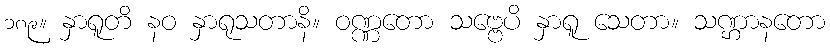
၁၈၉။ နှာရူတိ နဝ နှာရုသတာနိ။ ဝဏ္ဏတော သဗ္ဗေပိ နှာရူ သေတာ။ သဏ္ဌာနတော